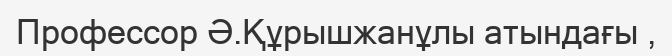
Профессор Ә.Құрышжанұлы атындағы ,